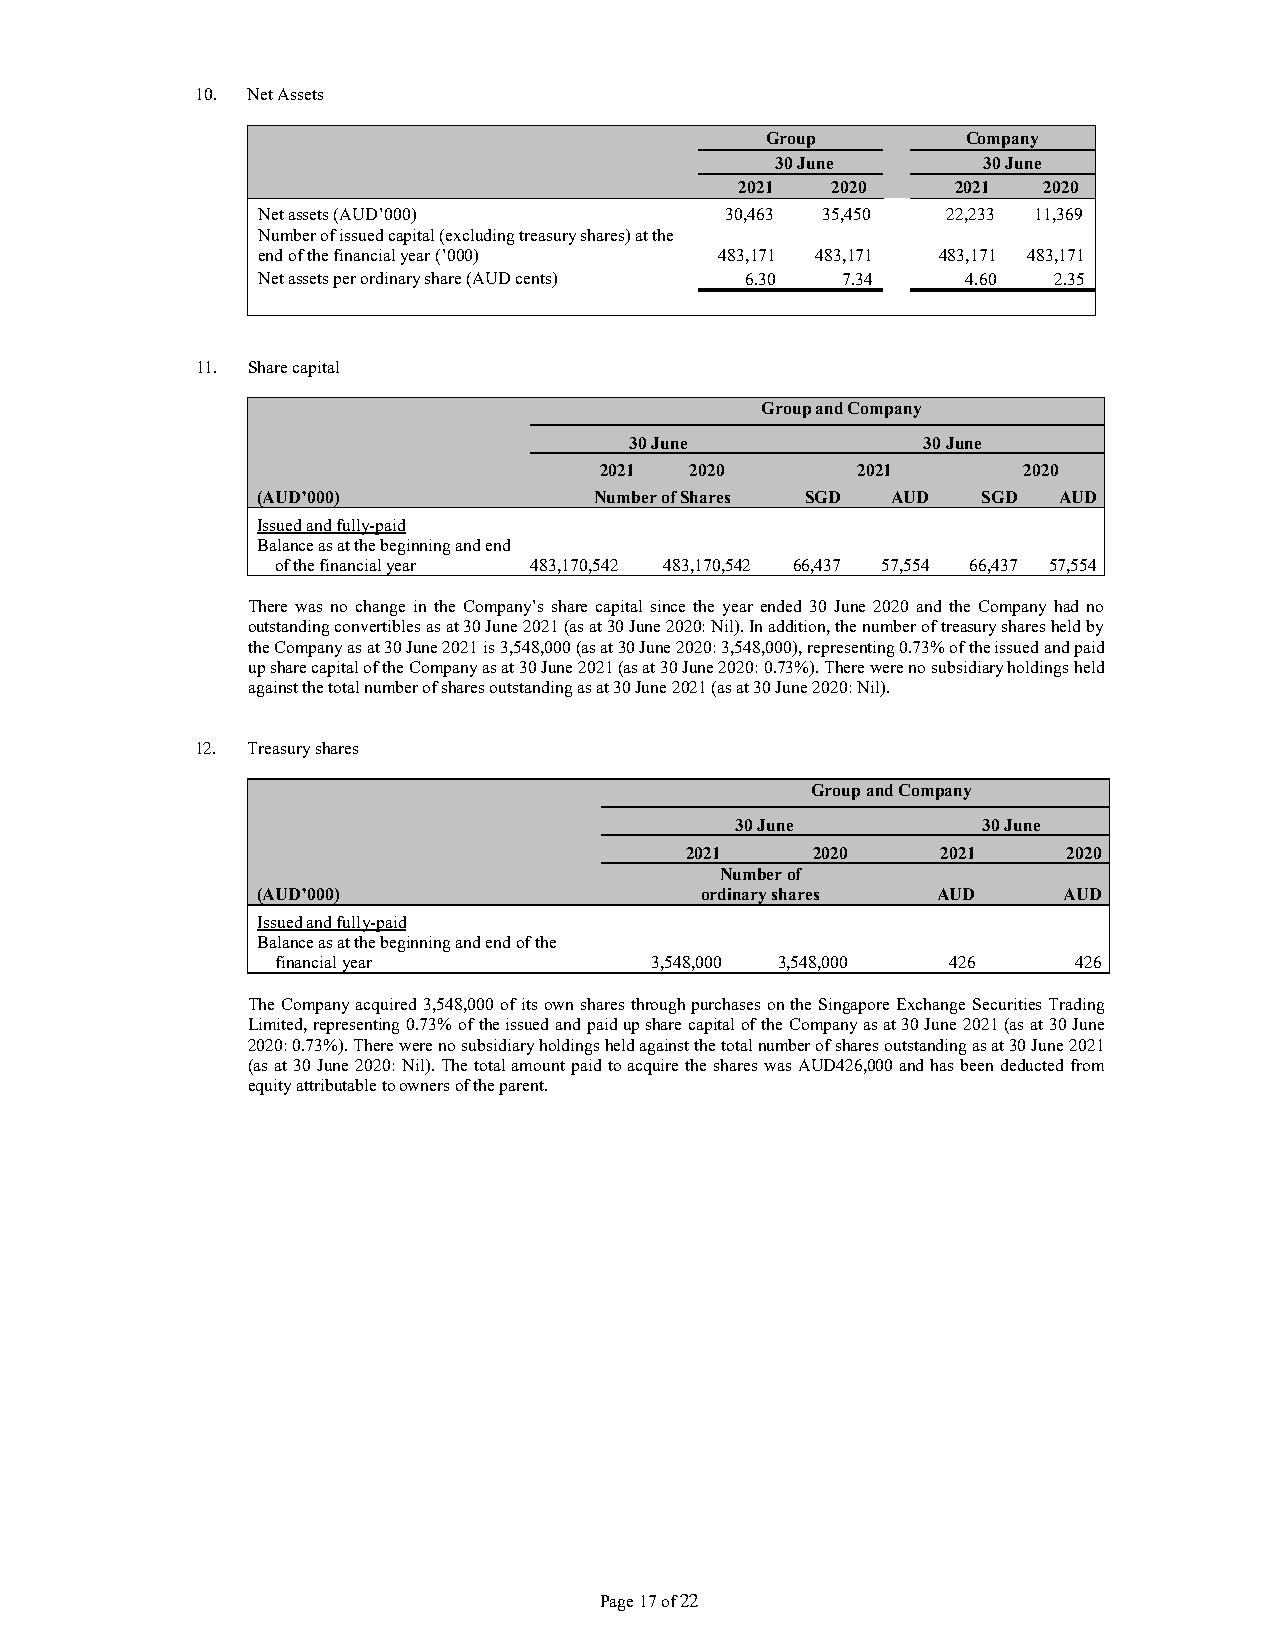
10. Net Assets
 Group        Company
 30 June       30 June
 2021  2020    2021  2020
 Net assets (AUD’000)           30,463 35,450  22,233 11,369
 Number of issued capital (excluding treasury shares) at the
 end of the financial year (’000) 483,171 483,171 483,171 483,171
 Net assets per ordinary share (AUD cents) 6.30 7.34 4.60 2.35
 11. Share capital
 Group and Company
 30 June            30 June
 2021  2020       2021       2020
 (AUD’000)             Number of Shares SGD AUD  SGD  AUD
 Issued and fully-paid
 Balance as at the beginning and end
 of the financial year 483,170,542 483,170,542 66,437 57,554 66,437 57,554
 There was no change in the Company’s share capital since the year ended 30 June 2020 and the Company had no
 outstanding convertibles as at 30 June 2021 (as at 30 June 2020: Nil). In addition, the number of treasury shares held by
 the Company as at 30 June 2021 is 3,548,000 (as at 30 June 2020: 3,548,000), representing 0.73% of the issued and paid
 up share capital of the Company as at 30 June 2021 (as at 30 June 2020: 0.73%). There were no subsidiary holdings held
 against the total number of shares outstanding as at 30 June 2021 (as at 30 June 2020: Nil).
 12. Treasury shares
 Group and Company
 30 June         30 June
 2021     2020    2021     2020
 Number of
 (AUD’000)                    ordinary shares AUD     AUD
 Issued and fully-paid
 Balance as at the beginning and end of the
 financial year           3,548,000 3,548,000 426     426
 The Company acquired 3,548,000 of its own shares through purchases on the Singapore Exchange Securities Trading
 Limited, representing 0.73% of the issued and paid up share capital of the Company as at 30 June 2021 (as at 30 June
 2020: 0.73%). There were no subsidiary holdings held against the total number of shares outstanding as at 30 June 2021
 (as at 30 June 2020: Nil). The total amount paid to acquire the shares was AUD426,000 and has been deducted from
 equity attributable to owners of the parent.
 Page 17 of 22